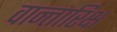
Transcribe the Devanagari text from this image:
वान्तारिक्ष